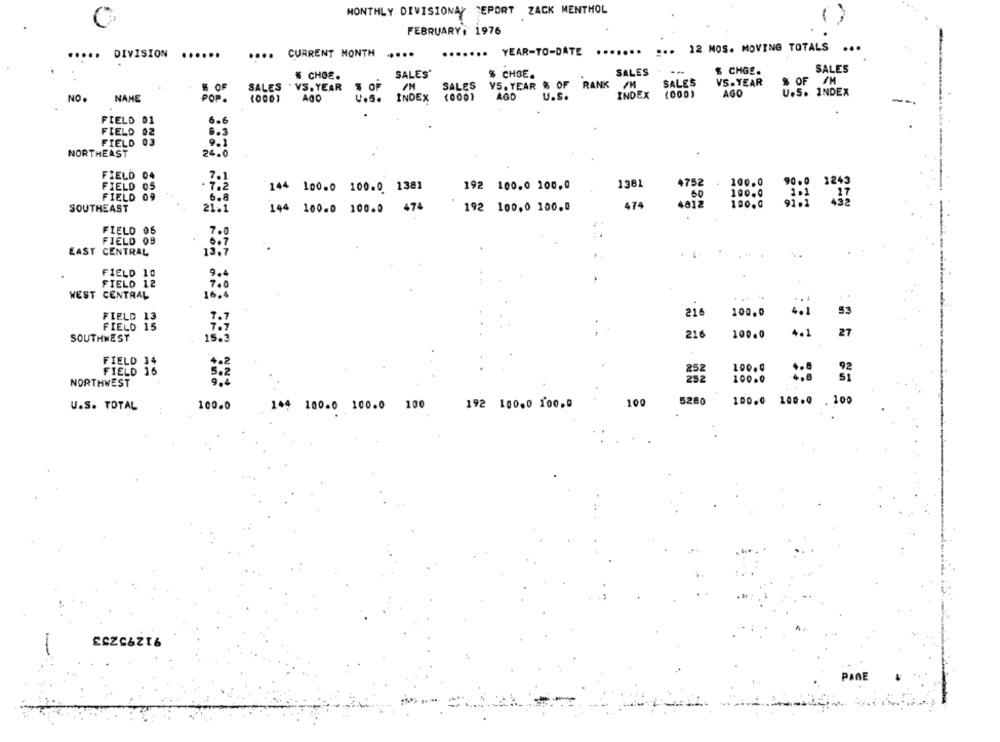
MONTHLY DIVISIONAY CEPORT ZACK MENTHOL
FEBRUARY, 1976
CURRENT MONTH
.....
....... YEAR-TO-DATE ....... ... 12 NOS. MOVING TOTALS
...
DIVISION
...
....
% CHOE.
SALES'
% CHGE.
SALES
$ CHGE.
SALES
VS. YEAR
% OF /M
% OF
SALES
. VS. YEAR
$ OF
SALES
VS. YEAR & OF RANK /M
SALES
(0001
AGO
U.S.
INDEX
(000)
AGO
U.S. INDEX
NO.
NAME
POP.
AGO
U.S.
INDEX
FIELD 01
6.6
FIELD
02
8.3
FIELD 03
NORTHEAST
24.0
FIELD 04
7.1
FIELD 05
138
4752
100.0
1243
. 7.2
144 100.0 100.0 1381
192 100.0 100,0
FIELD 09
60
100.0
SOUTHEAST
192 100,0 100.0
4012
100.0
21.1
144 100.0 100.0 474
FIELD 05
FIELD OB
EAST CENTRAL
13,7
FIELD 10
9.
FIELD 12
700
WEST CENTRAL
...
100.0
4.1
53
FIELD 13
216
FIELD 15
216
4.1
27
SOUTHWEST
100.0
FIELD 14
FIELD 16
252
100.0
252
100.0
NORTHWEST
5280
100.0 100.0
100
U.S. TOTAL
100.0
192 100.0 100,0
100
144 100.0 100.0 100
PANE